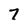
Character: 7